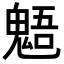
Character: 𩳌